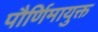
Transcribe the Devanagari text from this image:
पौर्णिमायुक्त